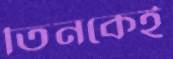
তিনকেই